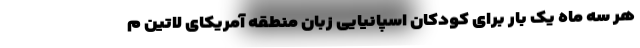
هر سه ماه یک بار برای کودکان اسپانیایی زبان منطقه آمریکای لاتین م